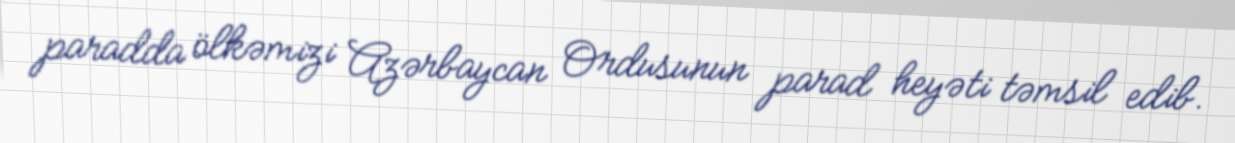
paradda ölkəmizi Azərbaycan Ordusunun parad heyəti təmsil edib.